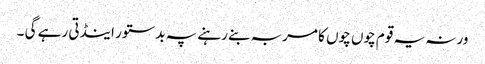
ورنہ یہ قوم چوں چوں کا مربہ بنے رہنے پہ بدستور اینڈتی رہے گی ۔